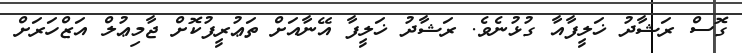
ގޮސް ރަޝާދު ޚަލީފާއާ ގުޅުނެވެ. ރަޝާދު ޚަލީފާ އޭނާއަށް ތަޢުރީފުކޮށް ޖާމިޢުލް އަޒްހަރަށް